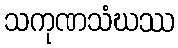
သကုဏသံဃဿ